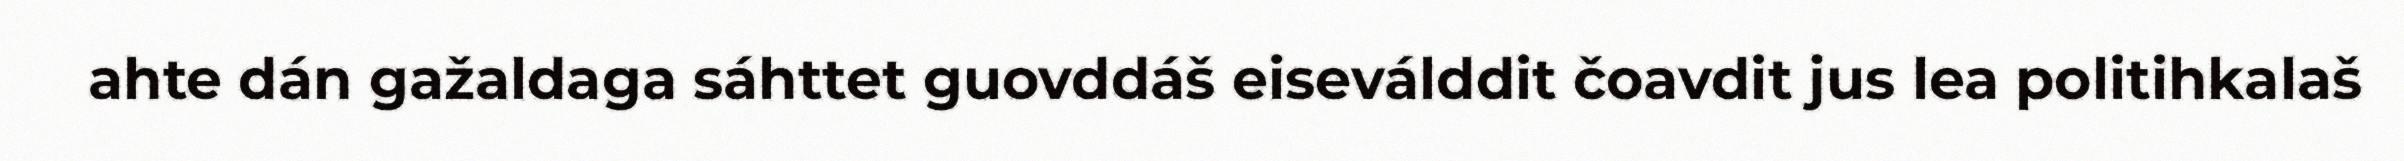
ahte dán gažaldaga sáhttet guovddáš eiseválddit čoavdit jus lea politihkalaš